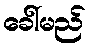
ခေါ်မည်